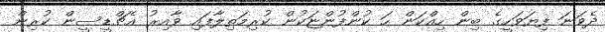
ދެވަނަ ފިޔަވަހީގެ ބިން ހިއްކަން ހަ ކުންފުންޏަކުން ކުރިމަތިލާފައި ވާއިރު އެޗްޑީސީން ކުރިން